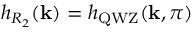
h _ { R _ { 2 } } ( \mathbf { k } ) = h _ { \mathrm { Q W Z } } ( \mathbf { k } , \pi )